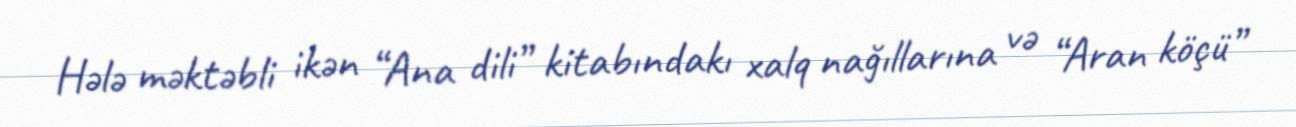
Hələ məktəbli ikən “Ana dili” kitabındakı xalq nağıllarına və “Aran köçü”